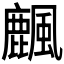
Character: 𪋖